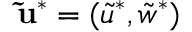
\mathbf { \tilde { u } ^ { * } } = ( \tilde { u } ^ { * } , \tilde { w } ^ { * } )